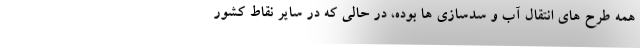
همه طرح های انتقال آب و سدسازی ها بوده، در حالی که در سایر نقاط کشور